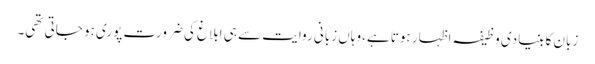
زبان کا بنیادی وظیفہ اظہار ہوتا ہے،وہاں زبانی روایت سے ہی ابلاغ کی ضرورت پوری ہو جاتی تھی۔